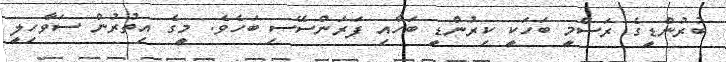
ބުރުންޑީގެ ރަސްމީ ބަހަކީ ކިރުންޑީ ބަހާއި ފަރަންސޭސި ބަހެވެ. މީގެ އިތުރުން ސަވާހިލީ